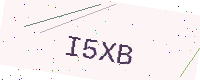
Text: I5XB